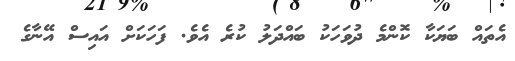
އެތައް ބަޔަކާ ކޮންމެ ދުވަހަކު ބައްދަލު ކުރެ އެވެ. ފަހަކަށް އައިސް އޭނާގެ